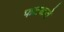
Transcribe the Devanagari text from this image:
फटकते